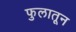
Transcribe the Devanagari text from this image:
फुलातून